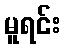
မူရင်း